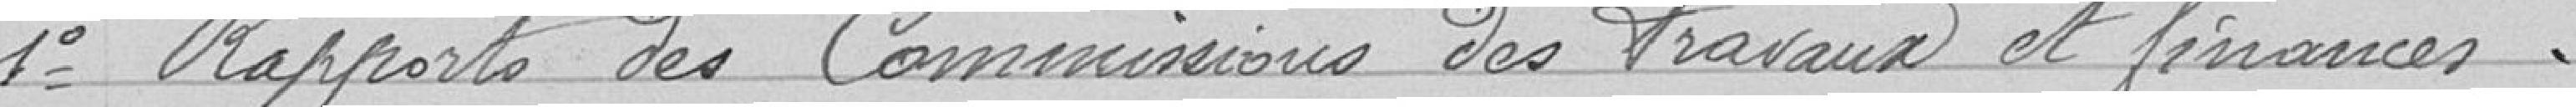
1° Rapports des Commissions des travaux et finances.